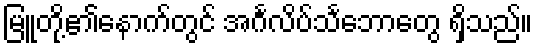
မြူတို့၏နောက်တွင် အင်္ဂလိပ်သင်္ဘောတွေ ရှိသည်။